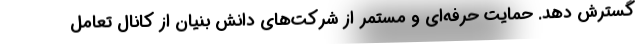
گسترش دهد. حمایت حرفه‌ای و مستمر از شرکت‌های دانش بنیان از کانال تعامل